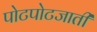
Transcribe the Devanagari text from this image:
पोटपोटजाती